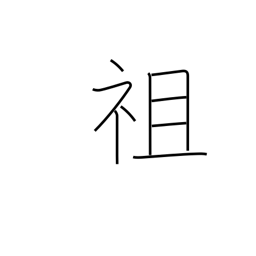
Meaning: pioneer